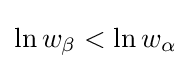
{\begin{aligned}\ln w_{\beta }<\ln w_{\alpha }\end{aligned}}